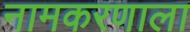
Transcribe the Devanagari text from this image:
नामकरणाला